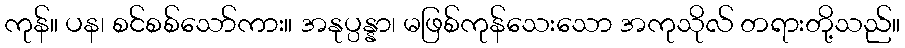
ကုန်။ ပန၊ စင်စစ်သော်ကား။ အနုပ္ပန္နာ၊ မဖြစ်ကုန်သေးသော အကုသိုလ် တရားတို့သည်။